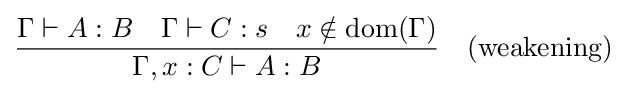
{\frac {\Gamma \vdash A:B\quad \Gamma \vdash C:s\quad x\notin {\text{dom}}(\Gamma )}{\Gamma ,x:C\vdash A:B}}\quad {\text{(weakening)}}